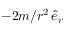
- 2 m / r ^ { 2 } \, \hat { e } _ { r }